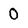
Character: 0